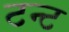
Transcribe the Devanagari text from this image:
टन्ट